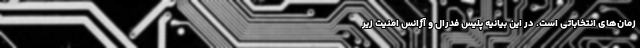
زمان‌های انتخاباتی است. در این بیانیه پلیس فدرال و آژانس امنیت زیر